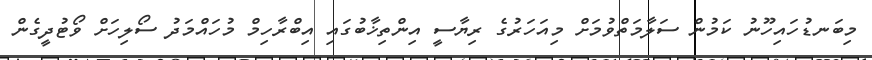
މިބަނޑުހައިހޫނު ކަމުން ސަލާމަތްވުމަށް މިއަހަރުގެ ރިޔާސީ އިންތިޚާބުގައި އިބްރާހިމް މުހައްމަދު ސޯލިހަށް ވޯޓުދީގެން